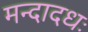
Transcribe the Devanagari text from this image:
मन्दादधः